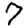
Digit: 7